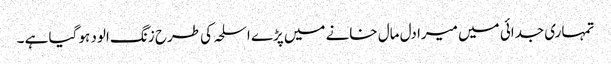
تمہاری جدائی میں میرا دل مال خانے میں پڑے اسلحہ کی طرح زنگ الود ہو گیا ہے ۔